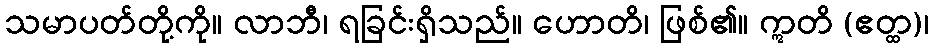
သမာပတ်တို့ကို။ လာဘီ၊ ရခြင်းရှိသည်။ ဟောတိ၊ ဖြစ်၏။ ဣတိ (ဧတ္ထ)၊